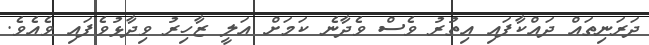
ދަރަނިތައް ދައްކާފައި އިތުރު ވެސް ވެދާނެ ކަމަށް އަލީ ޒާހިރު ވިދާޅުވެފައި ވެއެވެ.